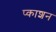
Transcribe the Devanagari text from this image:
प्काशन